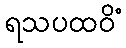
ရသပထဝိံ